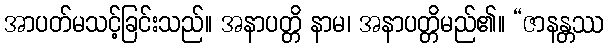
အာပတ်မသင့်ခြင်းသည်။ အနာပတ္တိ နာမ၊ အနာပတ္တိမည်၏။ “ဇာနန္တဿ